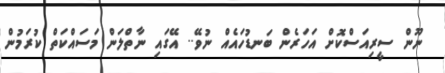
ނޫން ސީރިއަސްކޮށް އަހަރެން ބަނޑުހައެއް ނުވޭ.. އޭގައި ނާތްލަން މަސައްކަތް ކުރަމުން